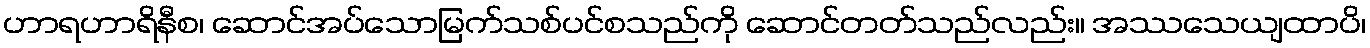
ဟာရဟာရိနီစ၊ ဆောင်အပ်သောမြက်သစ်ပင်စသည်ကို ဆောင်တတ်သည်လည်း။ အဿသေယျထာပိ၊